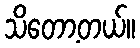
သိတော့တယ်။